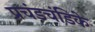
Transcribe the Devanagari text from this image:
प्रचंडचंडिके